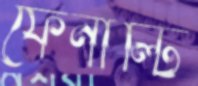
ফেনাল্টি